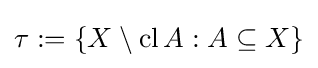
\tau :=\{X\setminus \operatorname {cl} A:A\subseteq X\}